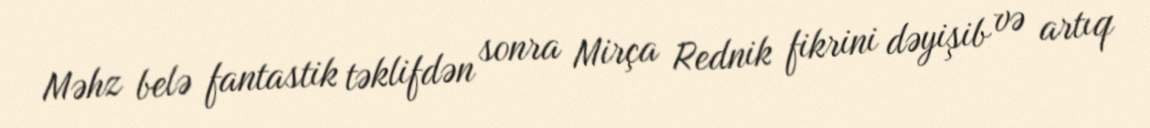
Məhz belə fantastik təklifdən sonra Mirça Rednik fikrini dəyişib və artıq